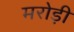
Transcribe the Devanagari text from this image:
मरोड़ी